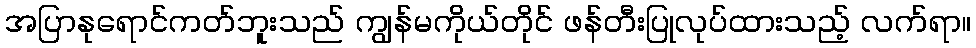
အပြာနုရောင်ကတ်ဘူးသည် ကျွန်မကိုယ်တိုင် ဖန်တီးပြုလုပ်ထားသည့် လက်ရာ။